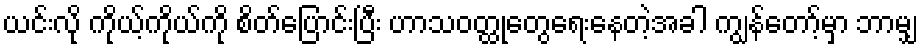
ယင်းလို ကိုယ့်ကိုယ်ကို စိတ်ပြောင်းပြီး ဟာသဝတ္ထုတွေရေးနေတဲ့အခါ ကျွန်တော့်မှာ ဘာမျှ